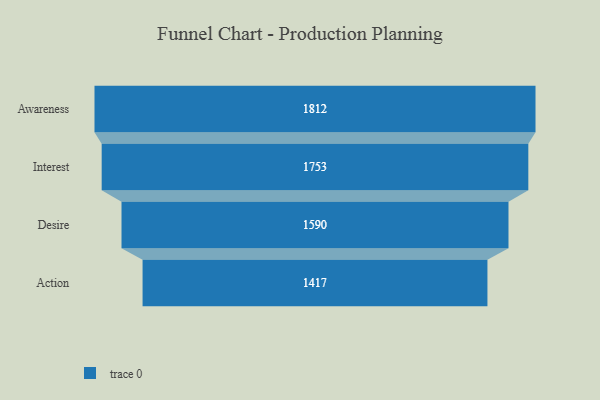
{"axis": {"x": "Stage", "y": "Value"}, "legend": [""], "data": [{"x": "Awareness", "y": 1812.0, "type": ""}, {"x": "Interest", "y": 1753.0, "type": ""}, {"x": "Desire", "y": 1590.0, "type": ""}, {"x": "Action", "y": 1417.0, "type": ""}]}